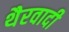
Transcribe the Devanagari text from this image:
थैरवादी